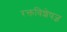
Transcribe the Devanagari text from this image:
रक्तविशेषज्ञ